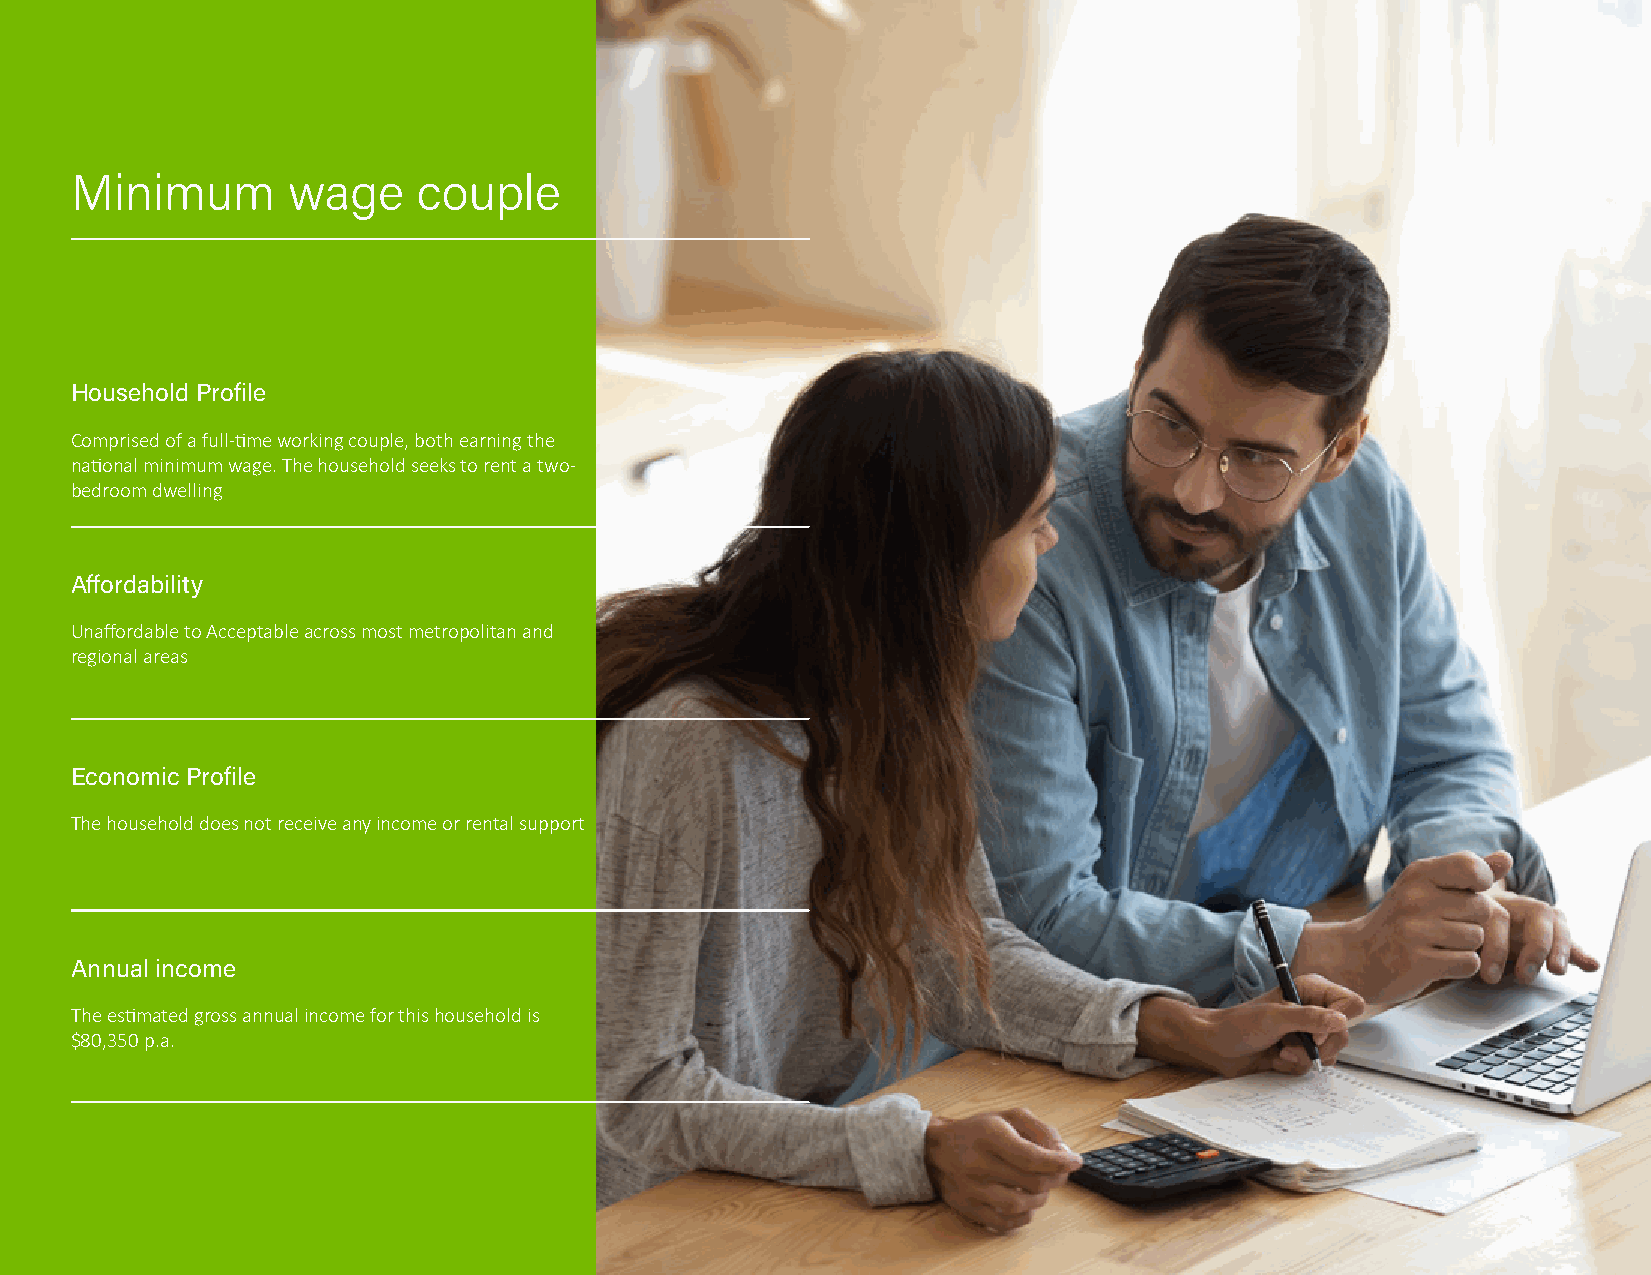
Minimum       wage     couple
 Household Profile
 Comprised of a full-time working couple, both earning the
 national minimum wage. The household seeks to rent a two-
 bedroom dwelling
 Affordability
 Unaffordable to Acceptable across most metropolitan and
 regional areas
 Economic Profile
 The household does not receive any income or rental support
 Annual income
 The estimated gross annual income for this household is
 $80,350 p.a.
 38   RENTAL AFFORDABILITY INDEX